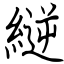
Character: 縌